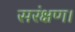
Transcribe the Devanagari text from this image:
सरंक्षण।